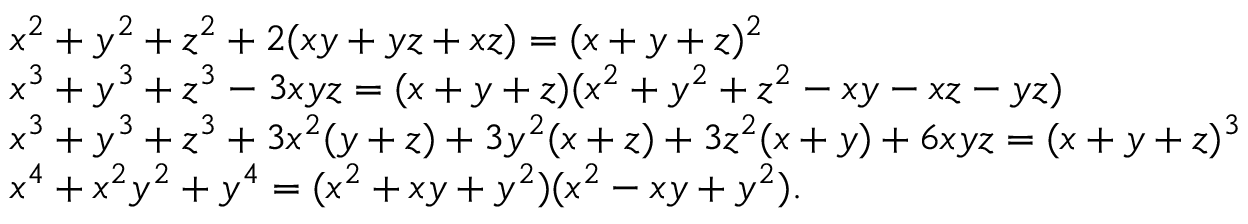
{ \begin{array} { r l } & { x ^ { 2 } + y ^ { 2 } + z ^ { 2 } + 2 ( x y + y z + x z ) = ( x + y + z ) ^ { 2 } } \\ & { x ^ { 3 } + y ^ { 3 } + z ^ { 3 } - 3 x y z = ( x + y + z ) ( x ^ { 2 } + y ^ { 2 } + z ^ { 2 } - x y - x z - y z ) } \\ & { x ^ { 3 } + y ^ { 3 } + z ^ { 3 } + 3 x ^ { 2 } ( y + z ) + 3 y ^ { 2 } ( x + z ) + 3 z ^ { 2 } ( x + y ) + 6 x y z = ( x + y + z ) ^ { 3 } } \\ & { x ^ { 4 } + x ^ { 2 } y ^ { 2 } + y ^ { 4 } = ( x ^ { 2 } + x y + y ^ { 2 } ) ( x ^ { 2 } - x y + y ^ { 2 } ) . } \end{array} }